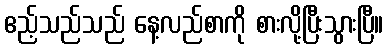
ဧည့်သည်သည် နေ့လည်စာကို စားလို့ပြီးသွားပြီ။